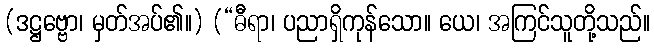
(ဒဋ္ဌဗ္ဗော၊ မှတ်အပ်၏။) (“ဓီရာ၊ ပညာရှိကုန်သော။ ယေ၊ အကြင်သူတို့သည်။